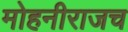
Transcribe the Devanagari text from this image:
मोहनीराजच